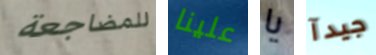
للمضاجعة علينا يا جيدآ